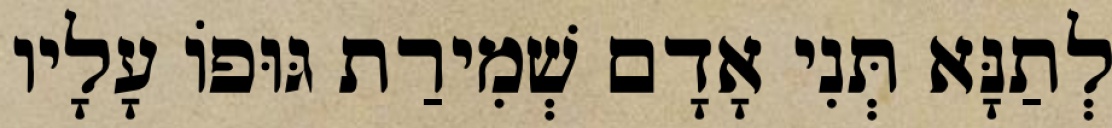
לְתַנָּא תְּנִי אָדָם שְׁמִירַת גּוּפוֹ עָלָיו